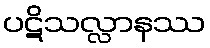
ပဋိသလ္လာနဿ